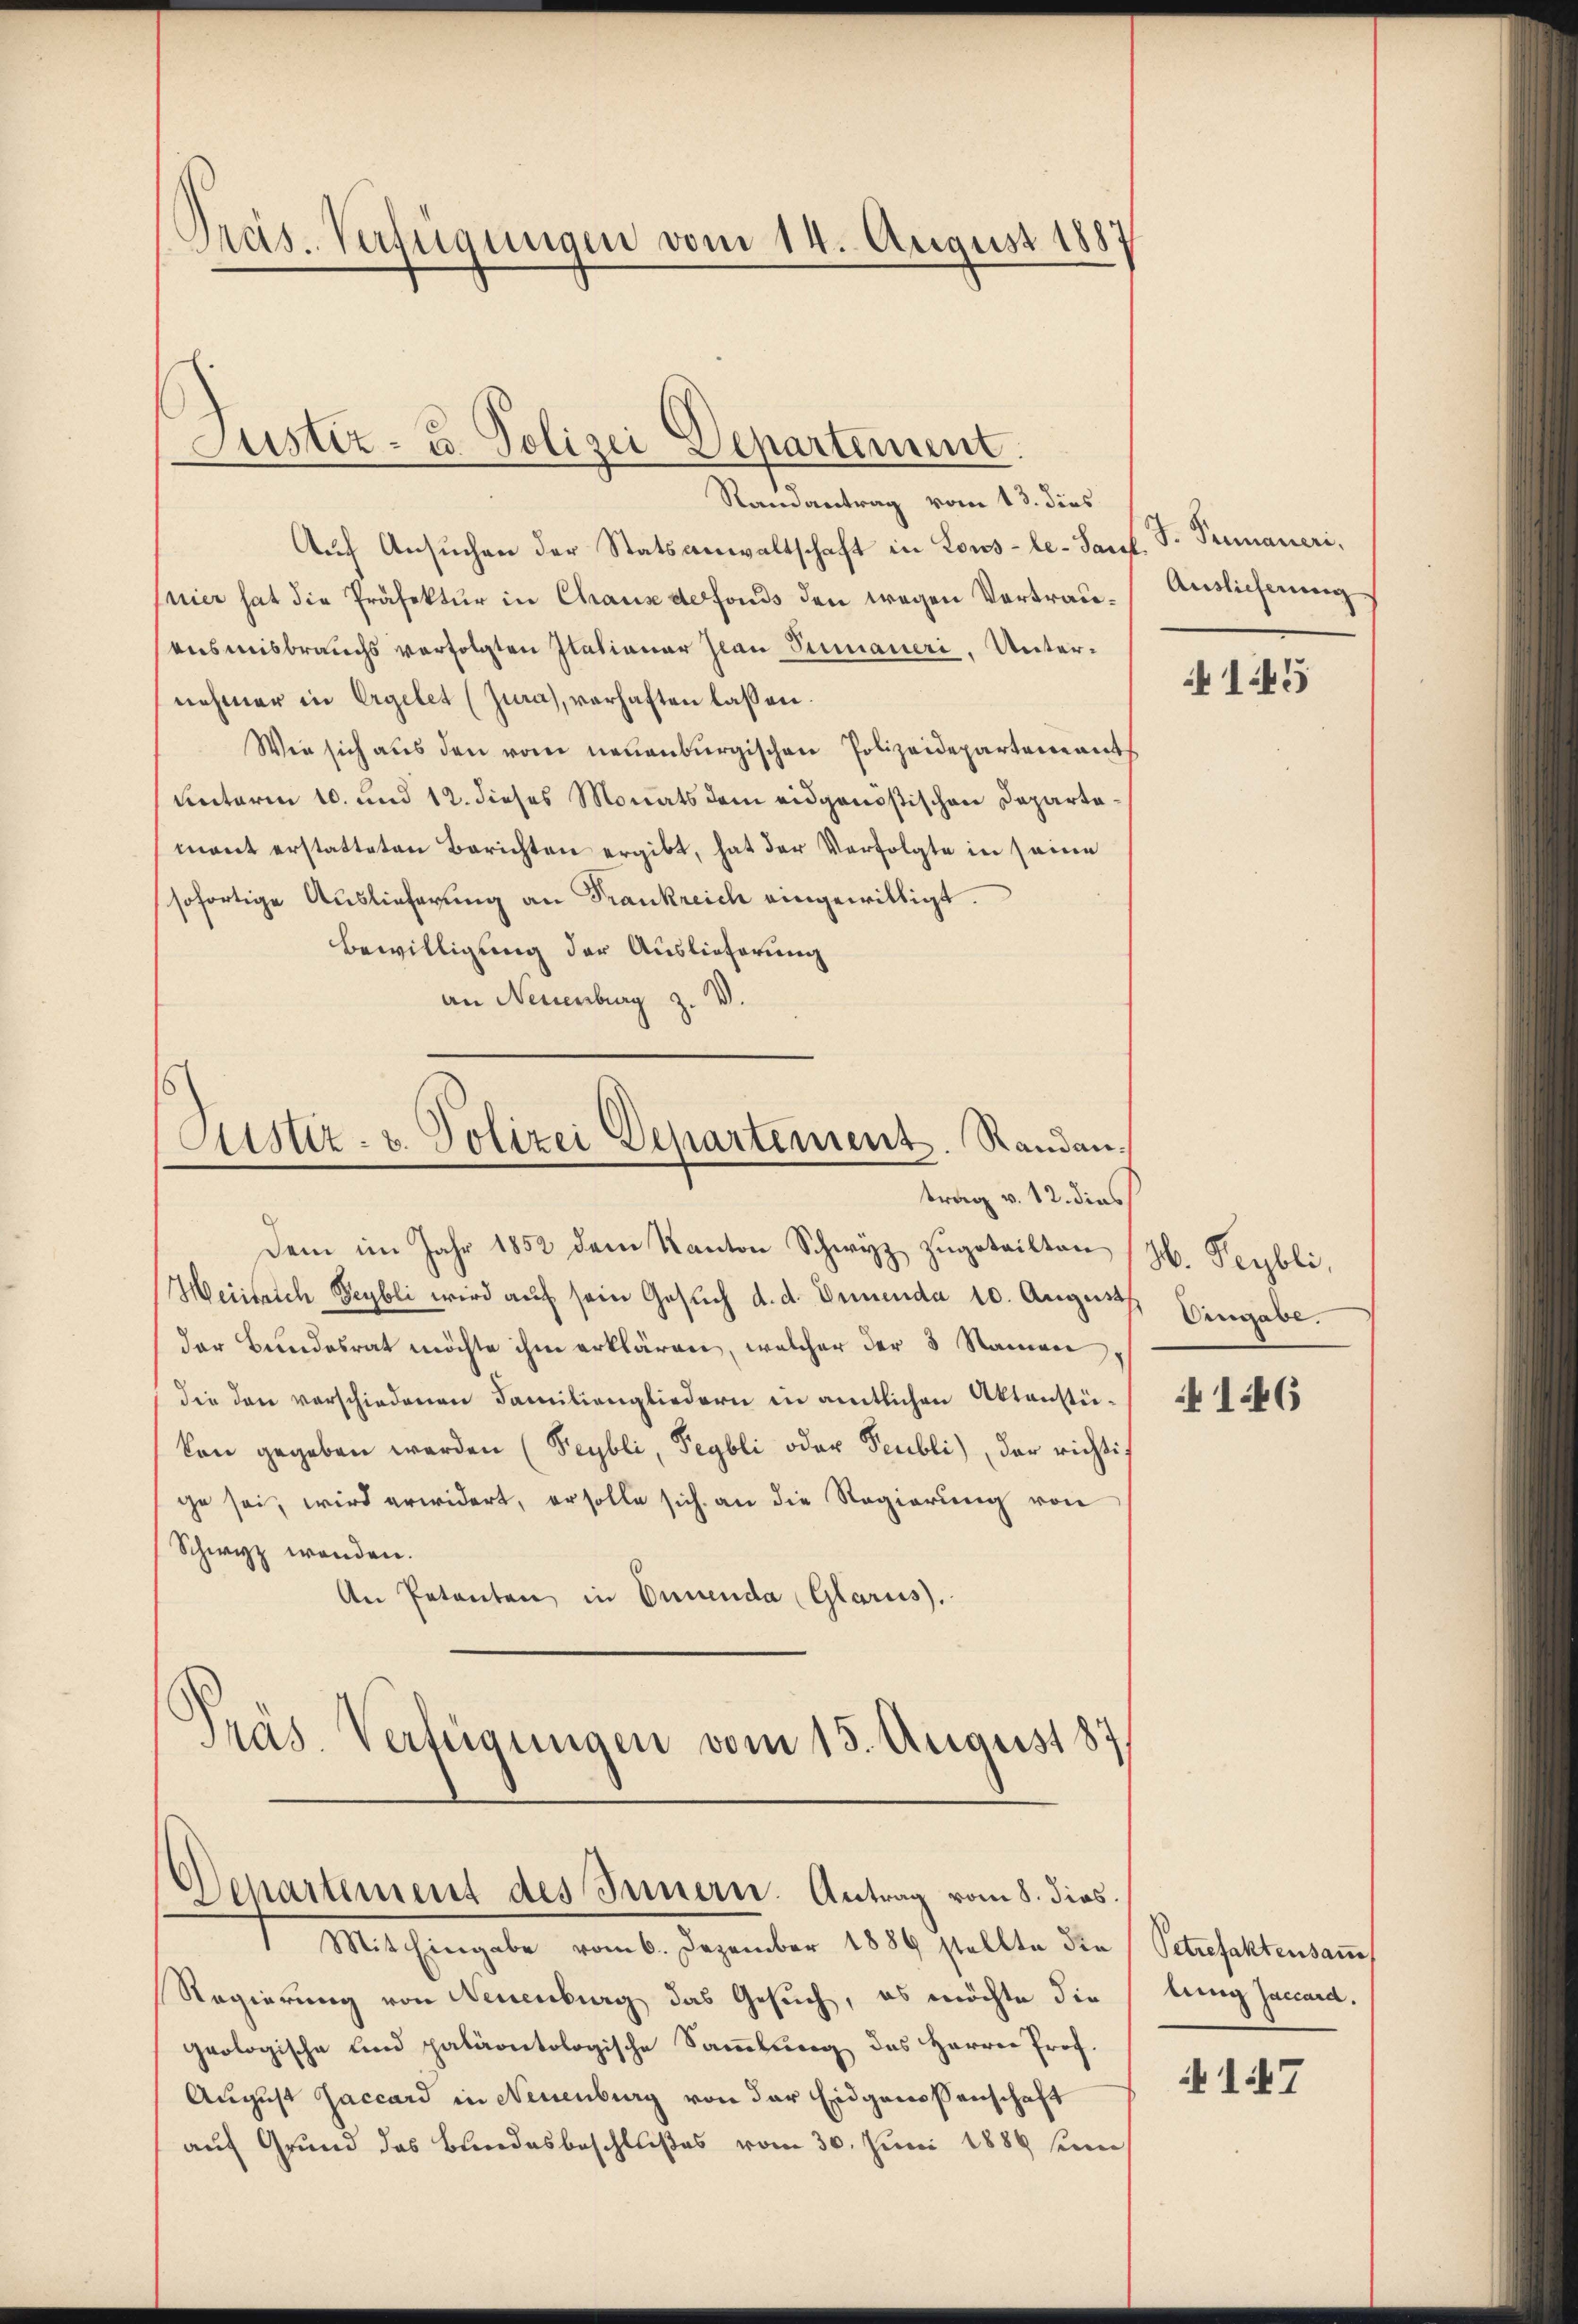
Präs. Verfügungen vom 14. August 1887

Justiz- u. Polizei Departement.

Ramantrag vom 13. dies
Auf Ansuchen der Statsanwaltschaft in Lous-le-Sauf.
nier hat die Präfektur in Chaus defonds den wegen Vortrauensmisbrauchs verfolgten Italianar Jean Sumaueri, Unternehmer in Ergebet (Jura), verhaften lassen.
Wie sich aus den vom neuenburgischen Polizeidepartement
unterm 10. und 12. dieses Monats dem eidgenößischen Departemant erstatteten Berichten ergibt, hat der Verfolgte in seine
sofortige Auslieferung an Frankreich eingewilligt.
Bewilligung der Auslieferung
an Neuenburg z. V.

Justiz- u. Polizei Departement. Randau.
trag v. 12. dies

Departement des Innern. Antrag vom 8. dies.

Dem im Jahr 1852 dem Kanton Schwyz zugeteilten
Heiilrich Beybli wird auf sein Gesuch d. d. Denenda 10. Augusth
der Bundesrat möchte ihm erklären, welcher der 3 Namen,
die den verschiedenen Familiengliedern in amtlichen Aktenstükon gegeben werden (Peybli, Pegbli oder Feubli), der richtig
ge sei, wird erwidert, er solle sich an die Regierung von
Schwyz wenden.
An Petenten in Innenda (Glarus.
Pras. Verfügungen vom 15. August 187

Mit Eingabe vom 6. Dezember 1889 stellte die
Regierung von Neuenburg das Gesuch, es möchte die
geologische und paläontologische Sammlung des Herrn Prof.
August Jaccard in Neuenburg von der Eidgenossenschaft
auf Grund das Bundesbeschlußes vom 30. Juni 1889 sein

J. Primaneri,
Auslieferung

145

3. Peybli,
Vergabe.

146

Petrefaktensam
lung Zaccard.

147